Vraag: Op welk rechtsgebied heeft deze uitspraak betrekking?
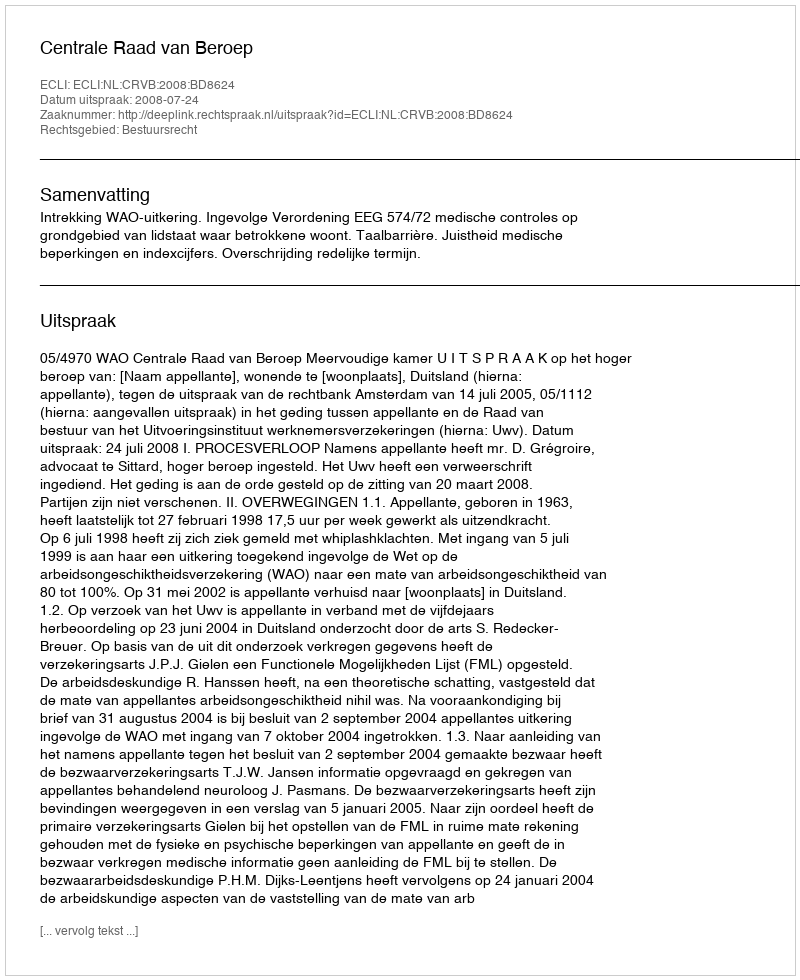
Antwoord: Bestuursrecht